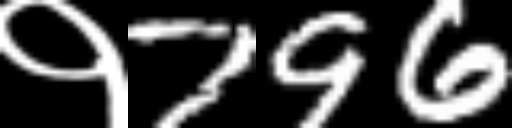
Text: १796